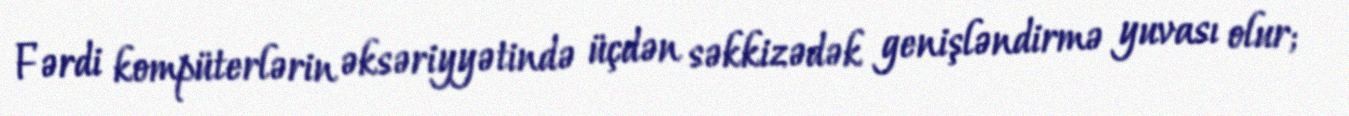
Fərdi kompüterlərin əksəriyyətində üçdən səkkizədək genişləndirmə yuvası olur;